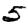
Digit: 5